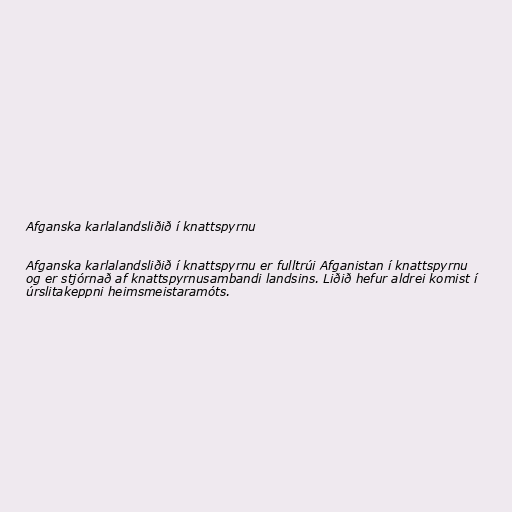
Afganska karlalandsliðið í knattspyrnu

Afganska karlalandsliðið í knattspyrnu er fulltrúi Afganistan í knattspyrnu
og er stjórnað af knattspyrnusambandi landsins. Liðið hefur aldrei komist í
úrslitakeppni heimsmeistaramóts.